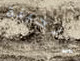
الجبنة